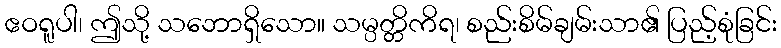
ဧဝရူပါ၊ ဤသို့ သဘောရှိသော။ သမ္ပတ္တိကိရ၊ စည်းစိမ်ချမ်းသာ၏ ပြည့်စုံခြင်း